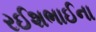
રઈશભાઈના